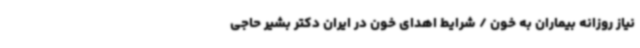
نیاز روزانه بیماران به خون / شرایط اهدای خون در ایران دکتر بشیر حاجی